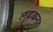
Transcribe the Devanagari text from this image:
लुढ़कन